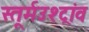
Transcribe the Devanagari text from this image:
स्तूर्मउश्ट्रांव